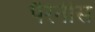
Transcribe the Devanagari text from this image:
पैरेनीस